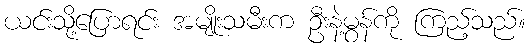
ယင်းသို့ပြောရင်း အမျိုးသမီးက ဦးနဲ့မွန်ကို ကြည့်သည်။